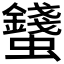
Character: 𧔢